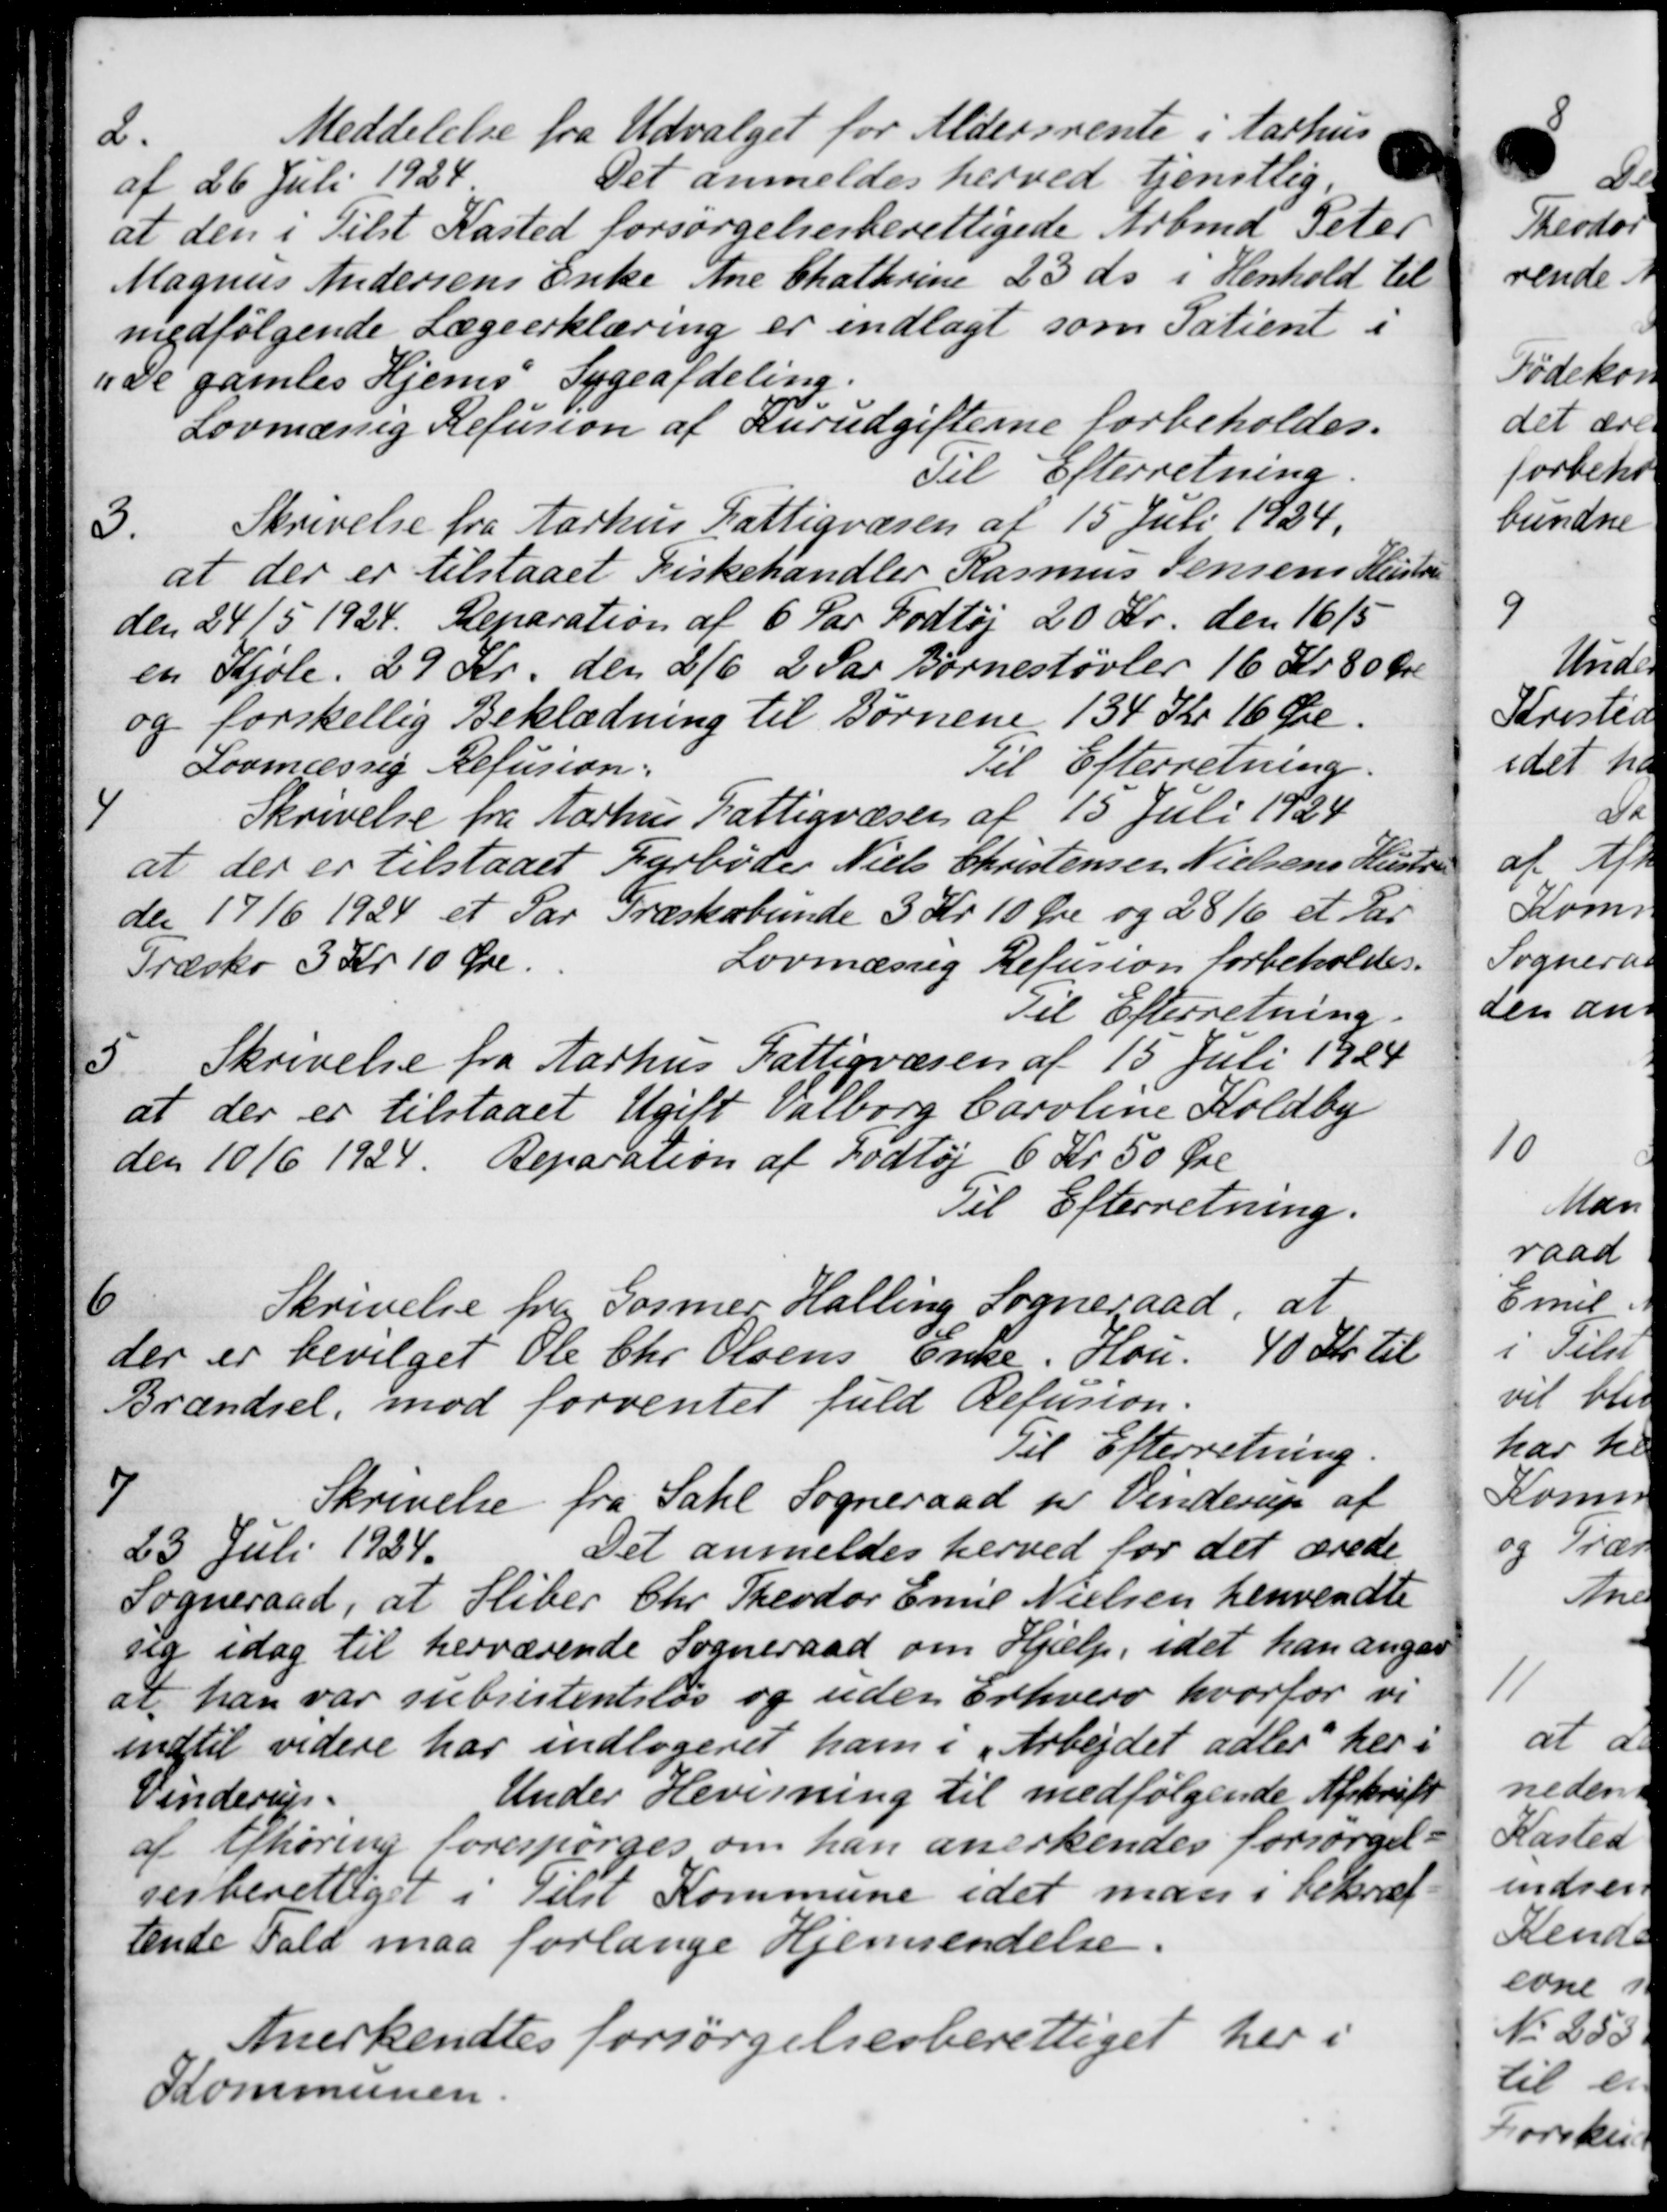
Transskription:
2.
Meddelelse fra Udvalget for Aldersrente i Aarhus
af 26 Juli 1924
Det anmeldes herved tjenstlig
at den i Tilst Kasted forsørgelsesberettigede Arbmd. Peter
Magnus Andersens Enke Ane Chathrine 23 ds. i Henhold til
medfølgende Lægeerklæring er indlagt som Patient i
"De gamles Hjems Sygeafdeling.
Lovmæssig Refusion af Rurudgifterne forbeholdes.
Til Efterretning.
3.
Skrivelse fra Aarhus Fattigvæsen af 15 Juli 1924.
at der er tilstaaet Kirkehandler Rasmus Jensens Hustru
den 24/5 1924. Reparation af 6 Par Fodtøj 20 Kr. den 16/5
en Kjole. 29 Kr. den 2/6 2 Par Børnestøvler 16 Kr. 80 Øre
og forskellig Beklædning til Børnene 134 Kr 16 Øre.
Lovmæssig Refusion.
Til Efterretning
4
Skrivelse fra Aarhus Fattigvæsen af 15 Juli 1924
at der er tilstaaet Fyrbøder Niels Christensen Nielsens Hustru
den 17/6 1924 et Par Træskobunde 3 Kr. 10 Øre og 28/6 et der
Træsko 3 Kr 10 Øre.
Lovmæssig Refusion forbeholdes.
Til Efterretning.
5
Skrivelse fra Aarhus Fattigvæsen af 15 Juli 1924
at der er tilstaaet Ugift Valborg Caroline Koldby
den 10/6 1924. Reparation af Fodtøj 6 Kr 50 Øre
Til Efterretning.
6
Skrivelse fra Gosmer, Halling Sogneraad, at
der er bevilget Ole Chr. Olsens Enke. Hou. 40 Kr. til
Brændsel, mod forventet fuld Refusion.
Til Efterretning.
7
Skrivelse fra Sahl Sogneraad pr Vinderup af
23 Juli 1934.
Det anmeldes herved for det ærede
Sogneraad, at Sliber Chr. Theodor Emil Nielsen henvendte
sig idag til herværende Sogneraad om Hjælp, idet han angaa
at han var subsistensløs og uden Erhverv hvorfor vi
indtil videre har indlageret ham i „Arbejdet adler her i
Vinderup.
Under Hevisning til medfølgende Afskrift
af Afhøring forespørges om han anerkendes forsørgel-
sesberettiget i Gelst Kommune i det man i bekræf-
tende Fald maa forlange Hjemsendelse.
Anerkendtes forsørgelsesberettiget her i
Kommunen